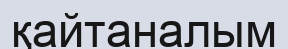
қайтаналым